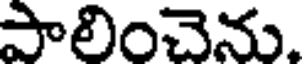
పాలించెను.